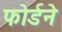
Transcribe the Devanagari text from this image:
फोर्डने